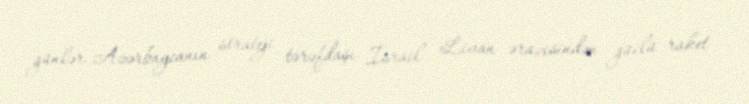
günlər Azərbaycanın strateji tərəfdaşı İsrail Livan ərazisindən güclü raket